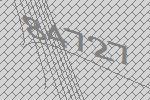
84727